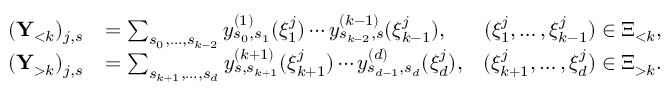
\begin{array} { r l r } { ( \mathbf { Y } _ { < k } ) _ { j , s } } & { = \sum _ { s _ { 0 } , \ldots , s _ { k - 2 } } y _ { s _ { 0 } , s _ { 1 } } ^ { ( 1 ) } ( \xi _ { 1 } ^ { j } ) \cdots y _ { s _ { k - 2 } , s } ^ { ( k - 1 ) } ( \xi _ { k - 1 } ^ { j } ) , } & { ( \xi _ { 1 } ^ { j } , \ldots , \xi _ { k - 1 } ^ { j } ) \in \Xi _ { < k } , } \\ { ( \mathbf { Y } _ { > k } ) _ { j , s } } & { = \sum _ { s _ { k + 1 } , \ldots , s _ { d } } y _ { s , s _ { k + 1 } } ^ { ( k + 1 ) } ( \xi _ { k + 1 } ^ { j } ) \cdots y _ { s _ { d - 1 } , s _ { d } } ^ { ( d ) } ( \xi _ { d } ^ { j } ) , } & { ( \xi _ { k + 1 } ^ { j } , \ldots , \xi _ { d } ^ { j } ) \in \Xi _ { > k } . } \end{array}